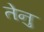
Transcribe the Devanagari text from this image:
तेनु